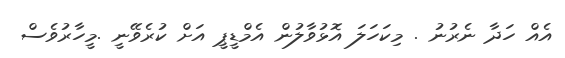
އެއް ހަދާ ނެރުނު . މިކަހަލަ އޮޅުވާލުން އެމްޑީޕީ އަށް ކުރެވޭނީ .މީހާރުވެސް